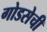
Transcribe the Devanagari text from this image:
गोडसेची